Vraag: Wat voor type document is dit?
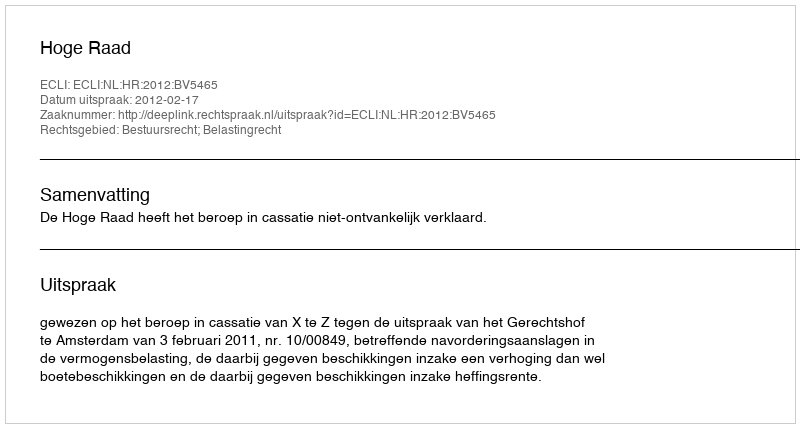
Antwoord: Uitspraak